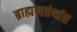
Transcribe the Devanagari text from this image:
ब्राह्मणग्रंथांत